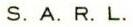
S.A.R.L.